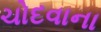
ચોદવાના